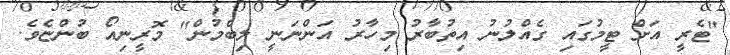
"ޓެރީ އަށް ޓީމުގައި ގެއްލުނު އިތުބާރު މިހާރު އަންނަނީ ލިބެމުން" މޮރީނިއޯ ބުންޏެވެ.